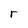
Character: r